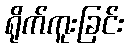
ရိုက်ကူးခြင်း